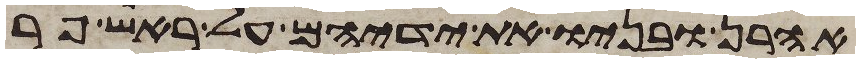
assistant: אהרן ובניו את ידיהם על ראש פר